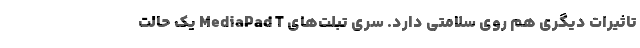
تاثیرات دیگری هم روی سلامتی دارد. سری تبلت‌های MediaPad T یک حالت